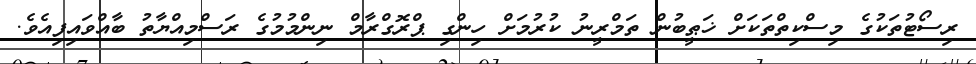
ރިސޯޓުތަކުގެ މިސްކިތްތަކަށް ޚަޠީބުން ތަމްރީނު ކުރުމަށް ހިންގި ޕްރޮގްރާމް ނިންމުމުގެ ރަސްމިއްޔާތު ބާއްވައިފިއެވެ.